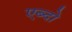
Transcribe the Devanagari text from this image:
एब्दो